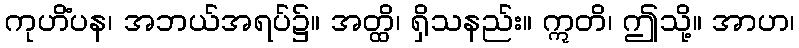
ကုဟိံပန၊ အဘယ်အရပ်၌။ အတ္ထိ၊ ရှိသနည်း။ ဣတိ၊ ဤသို့။ အာဟ၊